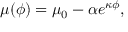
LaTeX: \mu ( \phi ) = \mu _ { 0 } - \alpha e ^ { \kappa \phi } ,